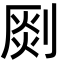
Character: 㓹